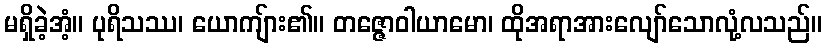
မရှိခဲ့အံ့။ ပုရိသဿ၊ ယောကျ်ား၏။ တဇ္ဇောဝါယာမော၊ ထိုအရာအားလျော်သောလုံ့လသည်။